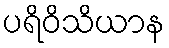
ပရိဝိသိယာန